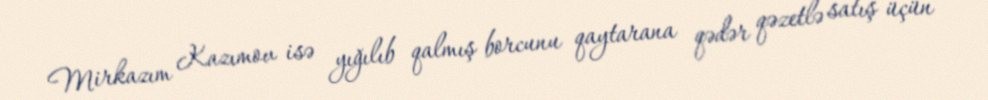
Mirkazım Kazımov isə yığılıb qalmış borcunu qaytarana qədər qəzetlə satış üçün